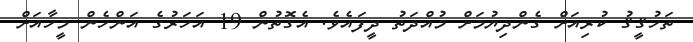
ތަހުޤީޤު ކުރިއަށް ގެންދިޔުމަށް މުއްދަތު ދީފައެވެ. އެގޮތުން 19 އަހަރުގެ އަންހެން މީހާއަށް